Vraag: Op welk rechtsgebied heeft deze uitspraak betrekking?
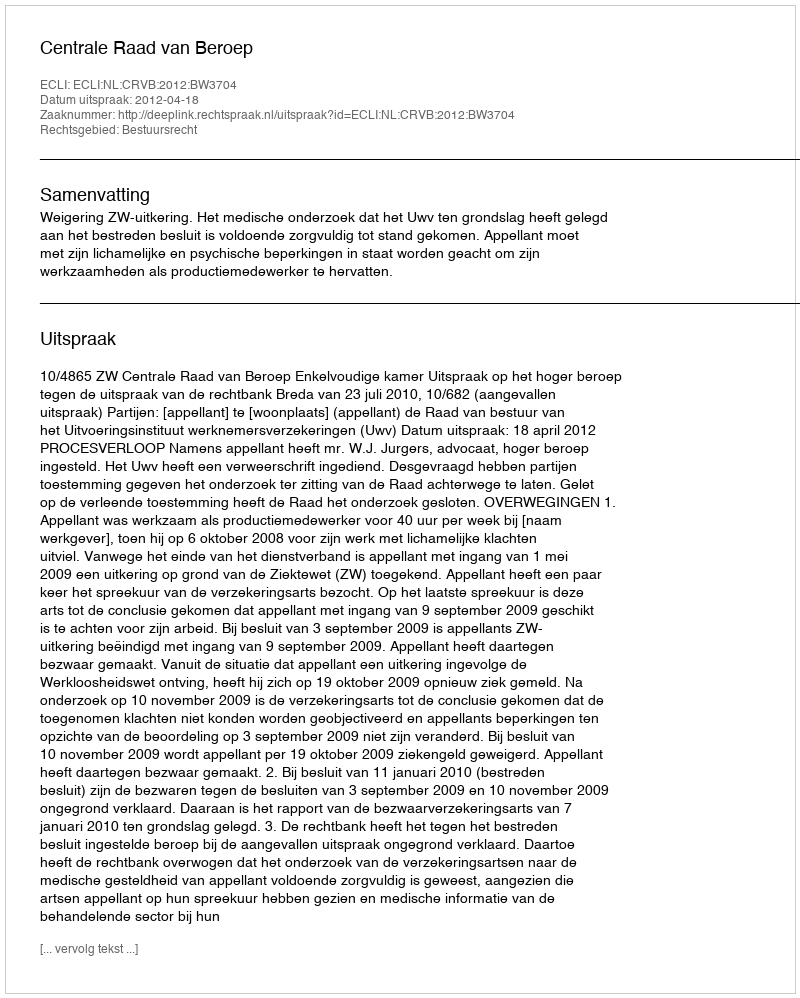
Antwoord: Bestuursrecht